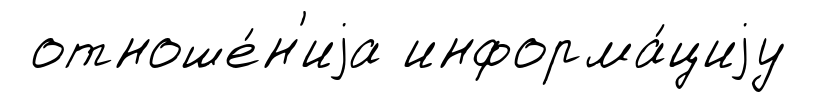
отноше́н'иjа информа́циjу